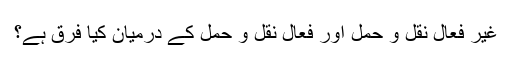
غیر فعال نقل و حمل اور فعال نقل و حمل کے درمیان کیا فرق ہے؟